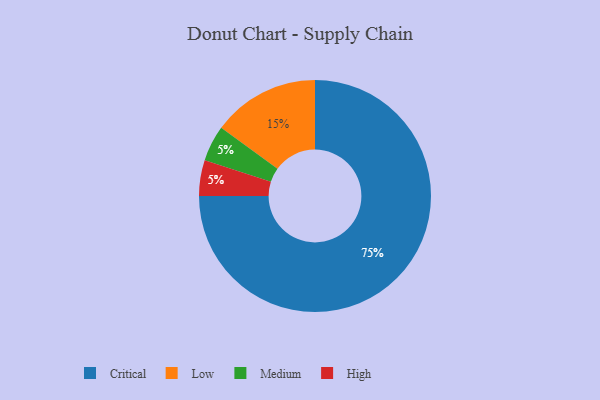
{"axis": {"x": "Category", "y": "Percentage"}, "legend": ["Critical", "High", "Low", "Medium"], "data": [{"x": "Critical", "y": 75, "type": "Critical"}, {"x": "Low", "y": 15, "type": "Low"}, {"x": "Medium", "y": 5, "type": "Medium"}, {"x": "High", "y": 5, "type": "High"}]}